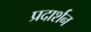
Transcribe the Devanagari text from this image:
प्रदार्शन